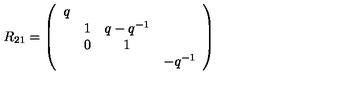
R _ { 2 1 } = \left( \begin{array} { c c c c } { q } & { } & { } & { } \\ { } & { 1 } & { q - q ^ { - 1 } } & { } \\ { } & { 0 } & { 1 } & { } \\ { } & { } & { } & { - q ^ { - 1 } } \\ \end{array} \right)